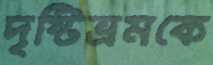
দৃষ্টিভ্রমকে